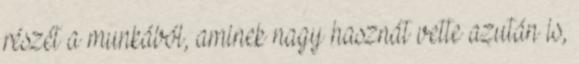
részét a munkából, aminek nagy hasznát vette azután is,